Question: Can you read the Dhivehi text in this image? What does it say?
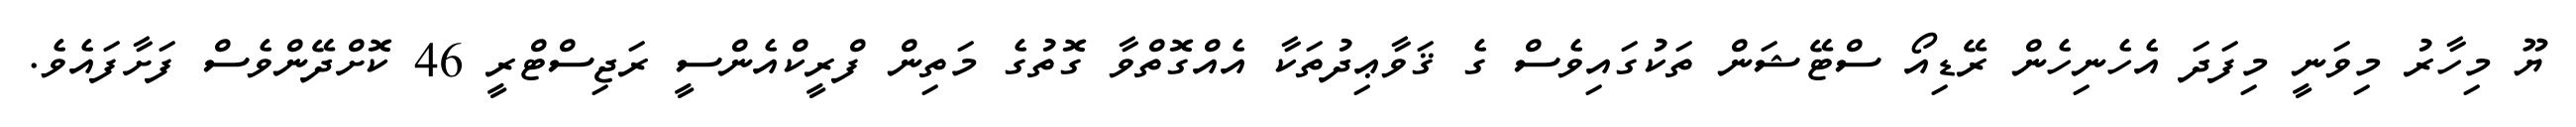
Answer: ޔޫ މިހާރު މިވަނީ މިފަދަ އެހެނިހެން ރޭޑިއޯ ސްޓޭޝަން ތަކުގައިވެސް ގެ ޤަވާޢިދުތަކާ އެއްގޮތްވާ ގޮތުގެ މަތިން ފްރީކްއެންސީ ރަޖިސްޓްރީ 46 ކޮށްދޭންވެސް ފަށާފައެވެ.